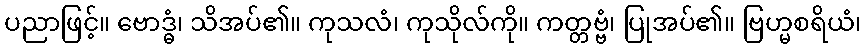
ပညာဖြင့်။ ဗောဒ္ဓံ၊ သိအပ်၏။ ကုသလံ၊ ကုသိုလ်ကို။ ကတ္တဗ္ဗံ၊ ပြုအပ်၏။ ဗြဟ္မစရိယံ၊